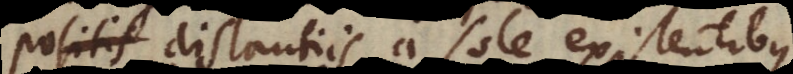
positis distantiis a sole existentibus